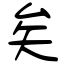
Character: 矣